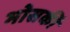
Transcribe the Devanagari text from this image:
भोसकीं